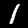
Digit: 1